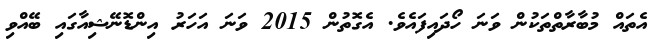
އެތައް މުބާރާތްތަކުން ވަނަ ހޯދައިފައެވެ. އެގޮތުން 2015 ވަނަ އަހަރު އިންޑޮނޭޝިއާގައި ބޭއްވި